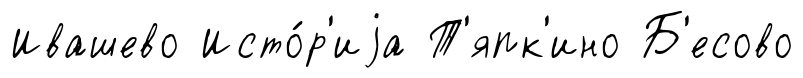
Ивашево Исто́р'иjа Т'япк'ино Б'есово